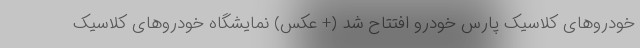
خودروهای کلاسیک پارس خودرو افتتاح شد (+ عکس) نمایشگاه خودروهای کلاسیک